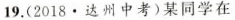
19. (2018 · 达州中考)某同学在